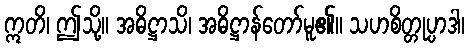
ဣတိ၊ ဤသို့။ အဓိဋ္ဌာသိ၊ အဓိဋ္ဌာန်တော်မူ၏။ သဟစိတ္တုပ္ပာဒါ၊